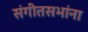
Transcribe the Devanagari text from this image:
संगीतसभांना